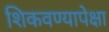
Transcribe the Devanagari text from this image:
शिकवण्यापेक्षा